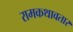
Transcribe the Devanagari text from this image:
रामकथावतार